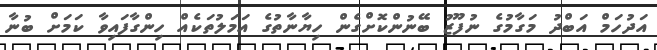
އަދުހަމް އަބްދު މަގާމުގެ ނުފޫޒު ބޭނުންކޮށްގެން ހިޔާނާތުގެ އަމަލުތަކެއް ހިންގާފައިވާ ކަމަށް ބުނާ